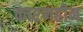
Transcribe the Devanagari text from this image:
कारणहीन